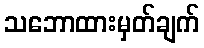
သဘောထားမှတ်ချက်